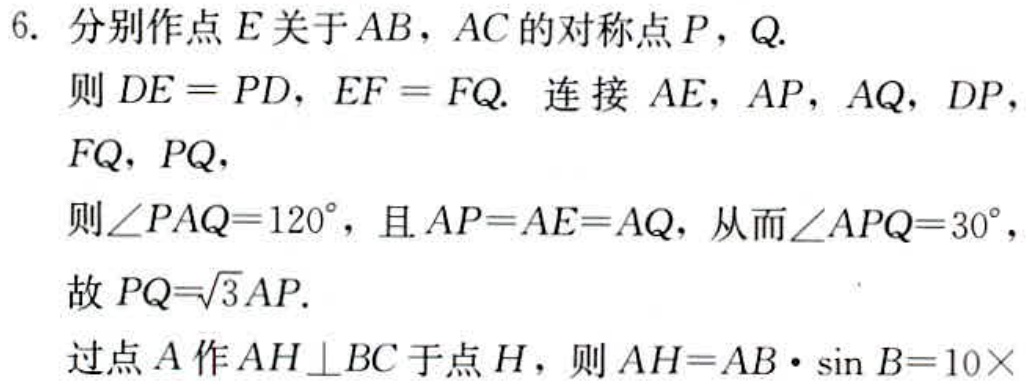
6. 分别作点\(E\)关于\(AB\)，\(AC\)的对称点\(P\)，\(Q\).
则\(DE = PD\)，\(EF = FQ\). 连接 \(AE\)，\(AP\)，\(AQ\)，\(DP\)，
\(FQ\)，\(PQ\)，
则\(\angle PAQ = 120^{\circ}\)，且\(AP = AE = AQ\)，从而\(\angle APQ = 30^{\circ}\)，
故\(PQ=\sqrt{3}AP\).
过点\(A\)作\(AH\perp BC\)于点\(H\)，则\(AH = AB\cdot\sin B = 10\times\)